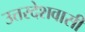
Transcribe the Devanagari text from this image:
उत्तरदेशवासी